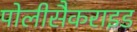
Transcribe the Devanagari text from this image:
पोलीसैकराइड